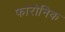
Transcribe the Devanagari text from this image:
फारोनिक